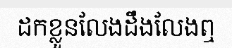
ដកខ្លួនលែងដឹងលែងឮ